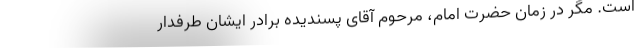
است. مگر در زمان حضرت امام، مرحوم آقای پسندیده برادر ایشان طرفدار